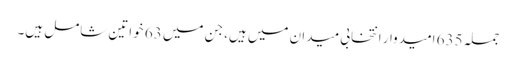
جملہ 635 امیدوار انتخابی میدان میں ہیں، جن میں 63 خواتین شامل ہیں۔